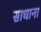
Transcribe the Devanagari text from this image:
साधाना